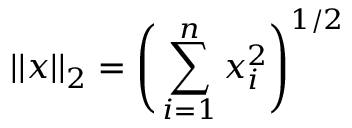
\vert \vert x \vert \vert _ { 2 } = \Bigg ( \sum _ { i = 1 } ^ { n } x _ { i } ^ { 2 } \Bigg ) ^ { 1 / 2 }